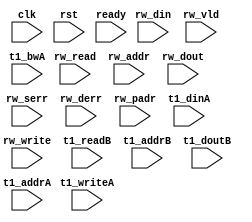
/*
 * Copyright (C) 2011 Memoir Systems Inc. These coded instructions, statements, and computer programs are
 * Confidential Proprietary Information of Memoir Systems Inc. and may not be disclosed to third parties
 * or copied in any form, in whole or in part, without the prior written consent of Memoir Systems Inc.
 *
 * */

module algo_2rw_a54_sva_wrap
  #(parameter IP_WIDTH = 64,
    parameter   IP_BITWIDTH = 6,
    parameter   IP_DECCBITS = 8,
    parameter   IP_NUMADDR = 2048,
    parameter   IP_BITADDR = 11,
    parameter   IP_NUMVBNK = 1,
    parameter   IP_BITVBNK = 1,
    parameter   IP_BITPBNK = 2,
    parameter   IP_SECCBITS = 8,
    parameter   IP_SECCDWIDTH = 2,
    parameter   IP_ENAECC = 0,
    parameter   IP_ENAPAR = 0,
    parameter   FLOPADD = 0,
    parameter   FLOPIN = 0,
    parameter   FLOPOUT = 0,
    parameter   FLOPMEM = 0,
    parameter   FLOPECC = 0,
    parameter   FLOPCMD = 0,
    parameter   T1_WIDTH = 73,
    parameter   T1_NUMVBNK = 4,
    parameter   T1_BITVBNK = 2,
    parameter   T1_DELAY = 1,
    parameter   T1_NUMVROW = 2048,
    parameter   T1_BITVROW = 11,
    parameter   T1_BITWSPF = 0,
    parameter   T1_NUMWRDS = 1,
    parameter   T1_BITWRDS = 1,
    parameter   T1_NUMSROW = 2048,
    parameter   T1_BITSROW = 11,
    parameter   T1_PHYWDTH = 73)
  (clk, rst, ready,
   rw_read,
   rw_write,
   rw_addr,
   rw_din,
   rw_dout,
   rw_vld,
   rw_serr,
   rw_derr,
   rw_padr,
   t1_readB,
   t1_addrB,
   t1_doutB,
   t1_writeA,
   t1_addrA,
   t1_dinA,
   t1_bwA);

  parameter WIDTH   = IP_WIDTH;
  parameter BITWDTH = IP_BITWIDTH;
  parameter ENAPAR  = IP_ENAPAR;
  parameter ENAECC =  IP_ENAECC;
  parameter ECCWDTH = IP_DECCBITS;
  parameter NUMADDR = IP_NUMADDR;
  parameter BITADDR = IP_BITADDR;
  parameter NUMRWPT = 2;
  parameter NUMPBNK = 4; // NUMRWPT*NUMRWPT
  parameter BITPBNK = 2;
  parameter NUMWRDS = T1_NUMWRDS;      // ALIGN Parameters
  parameter BITWRDS = T1_BITWRDS;
  parameter NUMSROW = T1_NUMSROW;
  parameter BITSROW = T1_BITSROW;
  parameter MEMWDTH = ENAPAR ? WIDTH+1 : ENAECC ? WIDTH+ECCWDTH : WIDTH;
  parameter PHYWDTH = T1_PHYWDTH;
  parameter SRAM_DELAY = T1_DELAY;
  parameter BITPADR = BITPBNK+BITSROW+BITWRDS+1;

  input [NUMRWPT-1:0]                  rw_read;
  input [NUMRWPT-1:0]                  rw_write;
  input [NUMRWPT*BITADDR-1:0]          rw_addr;
  input [NUMRWPT*WIDTH-1:0]            rw_din;
  input [NUMRWPT-1:0]                 rw_vld;
  input [NUMRWPT*WIDTH-1:0]           rw_dout;
  input [NUMRWPT-1:0]                 rw_serr;
  input [NUMRWPT-1:0]                 rw_derr;
  input [2*BITPADR-1:0]               rw_padr;
  input                               ready;
  input                                clk;
  input                                rst;

  input [NUMPBNK-1:0]                 t1_writeA;
  input [NUMPBNK*BITSROW-1:0]         t1_addrA;
  input [NUMPBNK*PHYWDTH-1:0]         t1_bwA;
  input [NUMPBNK*PHYWDTH-1:0]         t1_dinA;

  input [NUMPBNK-1:0]                 t1_readB;
  input [NUMPBNK*BITSROW-1:0]         t1_addrB;
  input [NUMPBNK*PHYWDTH-1:0]          t1_doutB;

endmodule